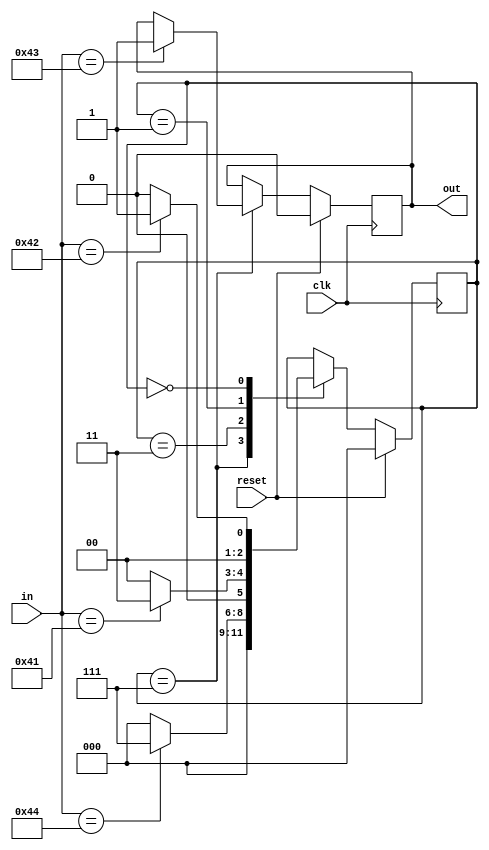
module task03(
	output reg out,
	input [7:0] in,
	input clk,
	input reset
);

	localparam STATE_NONE	= 3'd0;
	// TODO: Adaugati starile necesare.
    // BADC
	reg [2:0] state;
	// TODO: Implementati logica tranzitiilor intre stari.
	// TODO: Implementati logica iesirii.
	always @(posedge clk) begin
		if (reset) begin
			state <= STATE_NONE;
		    out = 0;
		end 
		else begin
		  case(state)
		      3'b111: begin //Daca am gasit 3 litere din secventa o verific pe a 4-a
		          case(in)
		              8'b01000011: begin //Daca e C am gasit secventa
		                  state = STATE_NONE;
		                  out = 1;
		              end
		              default : state = STATE_NONE; //Daca nu, resetez
		          endcase
		      end

		      3'b011: begin //Daca am gasit 2 litere din secventa o verific pe a 3-a
		          case(in)
		              8'b01000100: state = 3'b111; //Daca e D am 3 litere gasite
		              default : state = STATE_NONE; //Daca nu, resetez
		          endcase
		      end
		      
		      3'b001: begin //Daca am gasit o litera din secventa o verific pe a 2-a
		          case(in)
		              8'b01000001: state = 3'b011; //Daca e A am 2 litere gasite
		              default : state = STATE_NONE; //Daca nu, resetez
		          endcase
		      end
		  
		      3'b000: begin //Daca am starea initiala verific prima litera
		          case(in)
		              8'b01000010: state = 3'b001; //Daca e B am o litera gasita
		              default : state = STATE_NONE; //Daca nu, resetez
		          endcase
		      end
		   endcase
		end
	end

endmodule